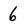
Character: 6